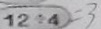
1 2 \div 4 = 3